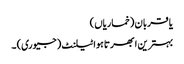
یا قربان (خماریاں )
بہترین ابھرتا ہوا ٹیلنٹ (جیوری) ۔